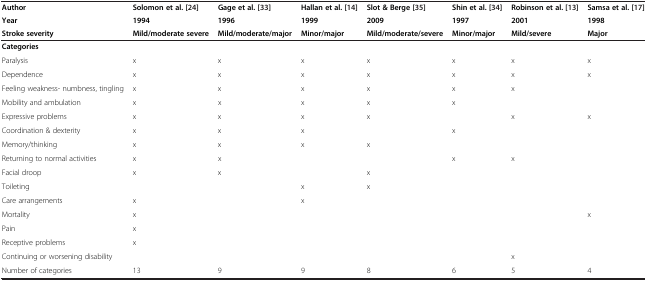
<table><thead><tr><td><b>Author</b></td><td><b>Solomon et al. [24]</b></td><td><b>Gage et al. [33]</b></td><td><b>Hallan et al. [14]</b></td><td><b>Slot &amp; Berge [35]</b></td><td><b>Shin et al. [34]</b></td><td><b>Robinson et al. [13]</b></td><td><b>Samsa et al. [17]</b></td></tr><tr><td><b>Year</b></td><td><b>1994</b></td><td><b>1996</b></td><td><b>1999</b></td><td><b>2009</b></td><td><b>1997</b></td><td><b>2001</b></td><td><b>1998</b></td></tr><tr><td><b>Stroke severity</b></td><td><b>Mild/moderate severe</b></td><td><b>Mild/moderate/major</b></td><td><b>Minor/major</b></td><td><b>Mild/moderate/severe</b></td><td><b>Minor/major</b></td><td><b>Mild/severe</b></td><td><b>Major</b></td></tr></thead><tbody><tr><td><b>Categories</b></td><td></td><td></td><td></td><td></td><td></td><td></td><td></td></tr><tr><td>Paralysis</td><td>x</td><td>x</td><td>x</td><td>x</td><td>x</td><td>x</td><td>x</td></tr><tr><td>Dependence</td><td>x</td><td>x</td><td>x</td><td>x</td><td>x</td><td>x</td><td>x</td></tr><tr><td>Feeling weakness- numbness, tingling</td><td>x</td><td>x</td><td>x</td><td>x</td><td>x</td><td>x</td><td></td></tr><tr><td>Mobility and ambulation</td><td>x</td><td>x</td><td>x</td><td>x</td><td>x</td><td></td><td></td></tr><tr><td>Expressive problems</td><td>x</td><td>x</td><td>x</td><td>x</td><td></td><td>x</td><td>x</td></tr><tr><td>Coordination &amp; dexterity</td><td>x</td><td>x</td><td>x</td><td></td><td>x</td><td></td><td></td></tr><tr><td>Memory/thinking</td><td>x</td><td>x</td><td>x</td><td>x</td><td></td><td></td><td></td></tr><tr><td>Returning to normal activities</td><td>x</td><td>x</td><td></td><td></td><td>x</td><td>x</td><td></td></tr><tr><td>Facial droop</td><td>x</td><td>x</td><td></td><td>x</td><td></td><td></td><td></td></tr><tr><td>Toileting</td><td></td><td></td><td>x</td><td>x</td><td></td><td></td><td></td></tr><tr><td>Care arrangements</td><td>x</td><td></td><td>x</td><td></td><td></td><td></td><td></td></tr><tr><td>Mortality</td><td>x</td><td></td><td></td><td></td><td></td><td></td><td>x</td></tr><tr><td>Pain</td><td>x</td><td></td><td></td><td></td><td></td><td></td><td></td></tr><tr><td>Receptive problems</td><td>x</td><td></td><td></td><td></td><td></td><td></td><td></td></tr><tr><td>Continuing or worsening disability</td><td></td><td></td><td></td><td></td><td></td><td>x</td><td></td></tr><tr><td>Number of categories</td><td>13</td><td>9</td><td>9</td><td>8</td><td>6</td><td>5</td><td>4</td></tr></tbody></table>